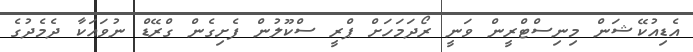
އެޑިއުކޭޝަން މިނިސްޓްރީން ވަނީ ރޯދަމަހަށް ޕްރީ ސްކޫލުން ފެށިގެން ގްރޭޑް ނުވައަކާ ދެމެދުގެ